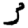
Digit: 3